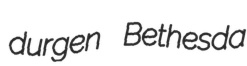
durgen Bethesda